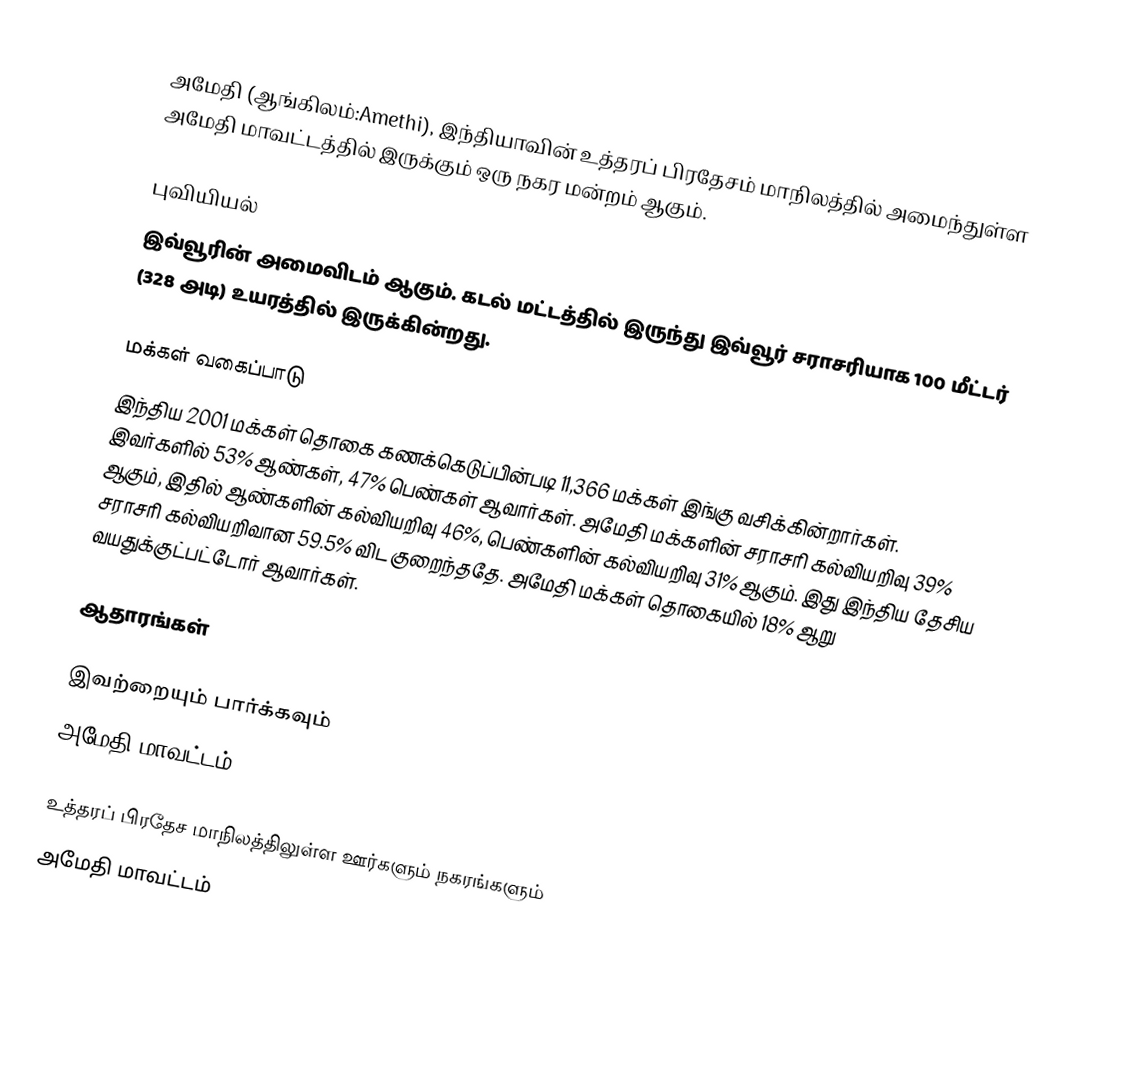
அமேதி (ஆங்கிலம்:Amethi), இந்தியாவின் உத்தரப் பிரதேசம் மாநிலத்தில் அமைந்துள்ள அமேதி மாவட்டத்தில் இருக்கும் ஒரு நகர மன்றம் ஆகும்.

புவியியல்
இவ்வூரின் அமைவிடம்  ஆகும். கடல் மட்டத்தில் இருந்து இவ்வூர் சராசரியாக 100 மீட்டர் (328 அடி) உயரத்தில் இருக்கின்றது.

மக்கள் வகைப்பாடு
இந்திய 2001 மக்கள் தொகை கணக்கெடுப்பின்படி 11,366 மக்கள் இங்கு வசிக்கின்றார்கள். இவர்களில் 53% ஆண்கள், 47% பெண்கள் ஆவார்கள். அமேதி மக்களின் சராசரி கல்வியறிவு 39% ஆகும்,  இதில் ஆண்களின் கல்வியறிவு 46%,  பெண்களின் கல்வியறிவு 31% ஆகும். இது இந்திய தேசிய சராசரி கல்வியறிவான 59.5% விட குறைந்ததே. அமேதி மக்கள் தொகையில் 18%  ஆறு வயதுக்குட்பட்டோர் ஆவார்கள்.

ஆதாரங்கள்

இவற்றையும் பார்க்கவும்
 அமேதி மாவட்டம்

உத்தரப் பிரதேச மாநிலத்திலுள்ள ஊர்களும் நகரங்களும்
அமேதி மாவட்டம்